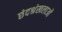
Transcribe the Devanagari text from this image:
छंदश्रंखलाओं